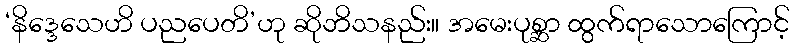
‘နိဒ္ဒေသေဟိ ပညပေတိ’ဟု ဆိုဘိသနည်း။ အမေးပုစ္ဆာ ထွက်ရာသောကြောင့်